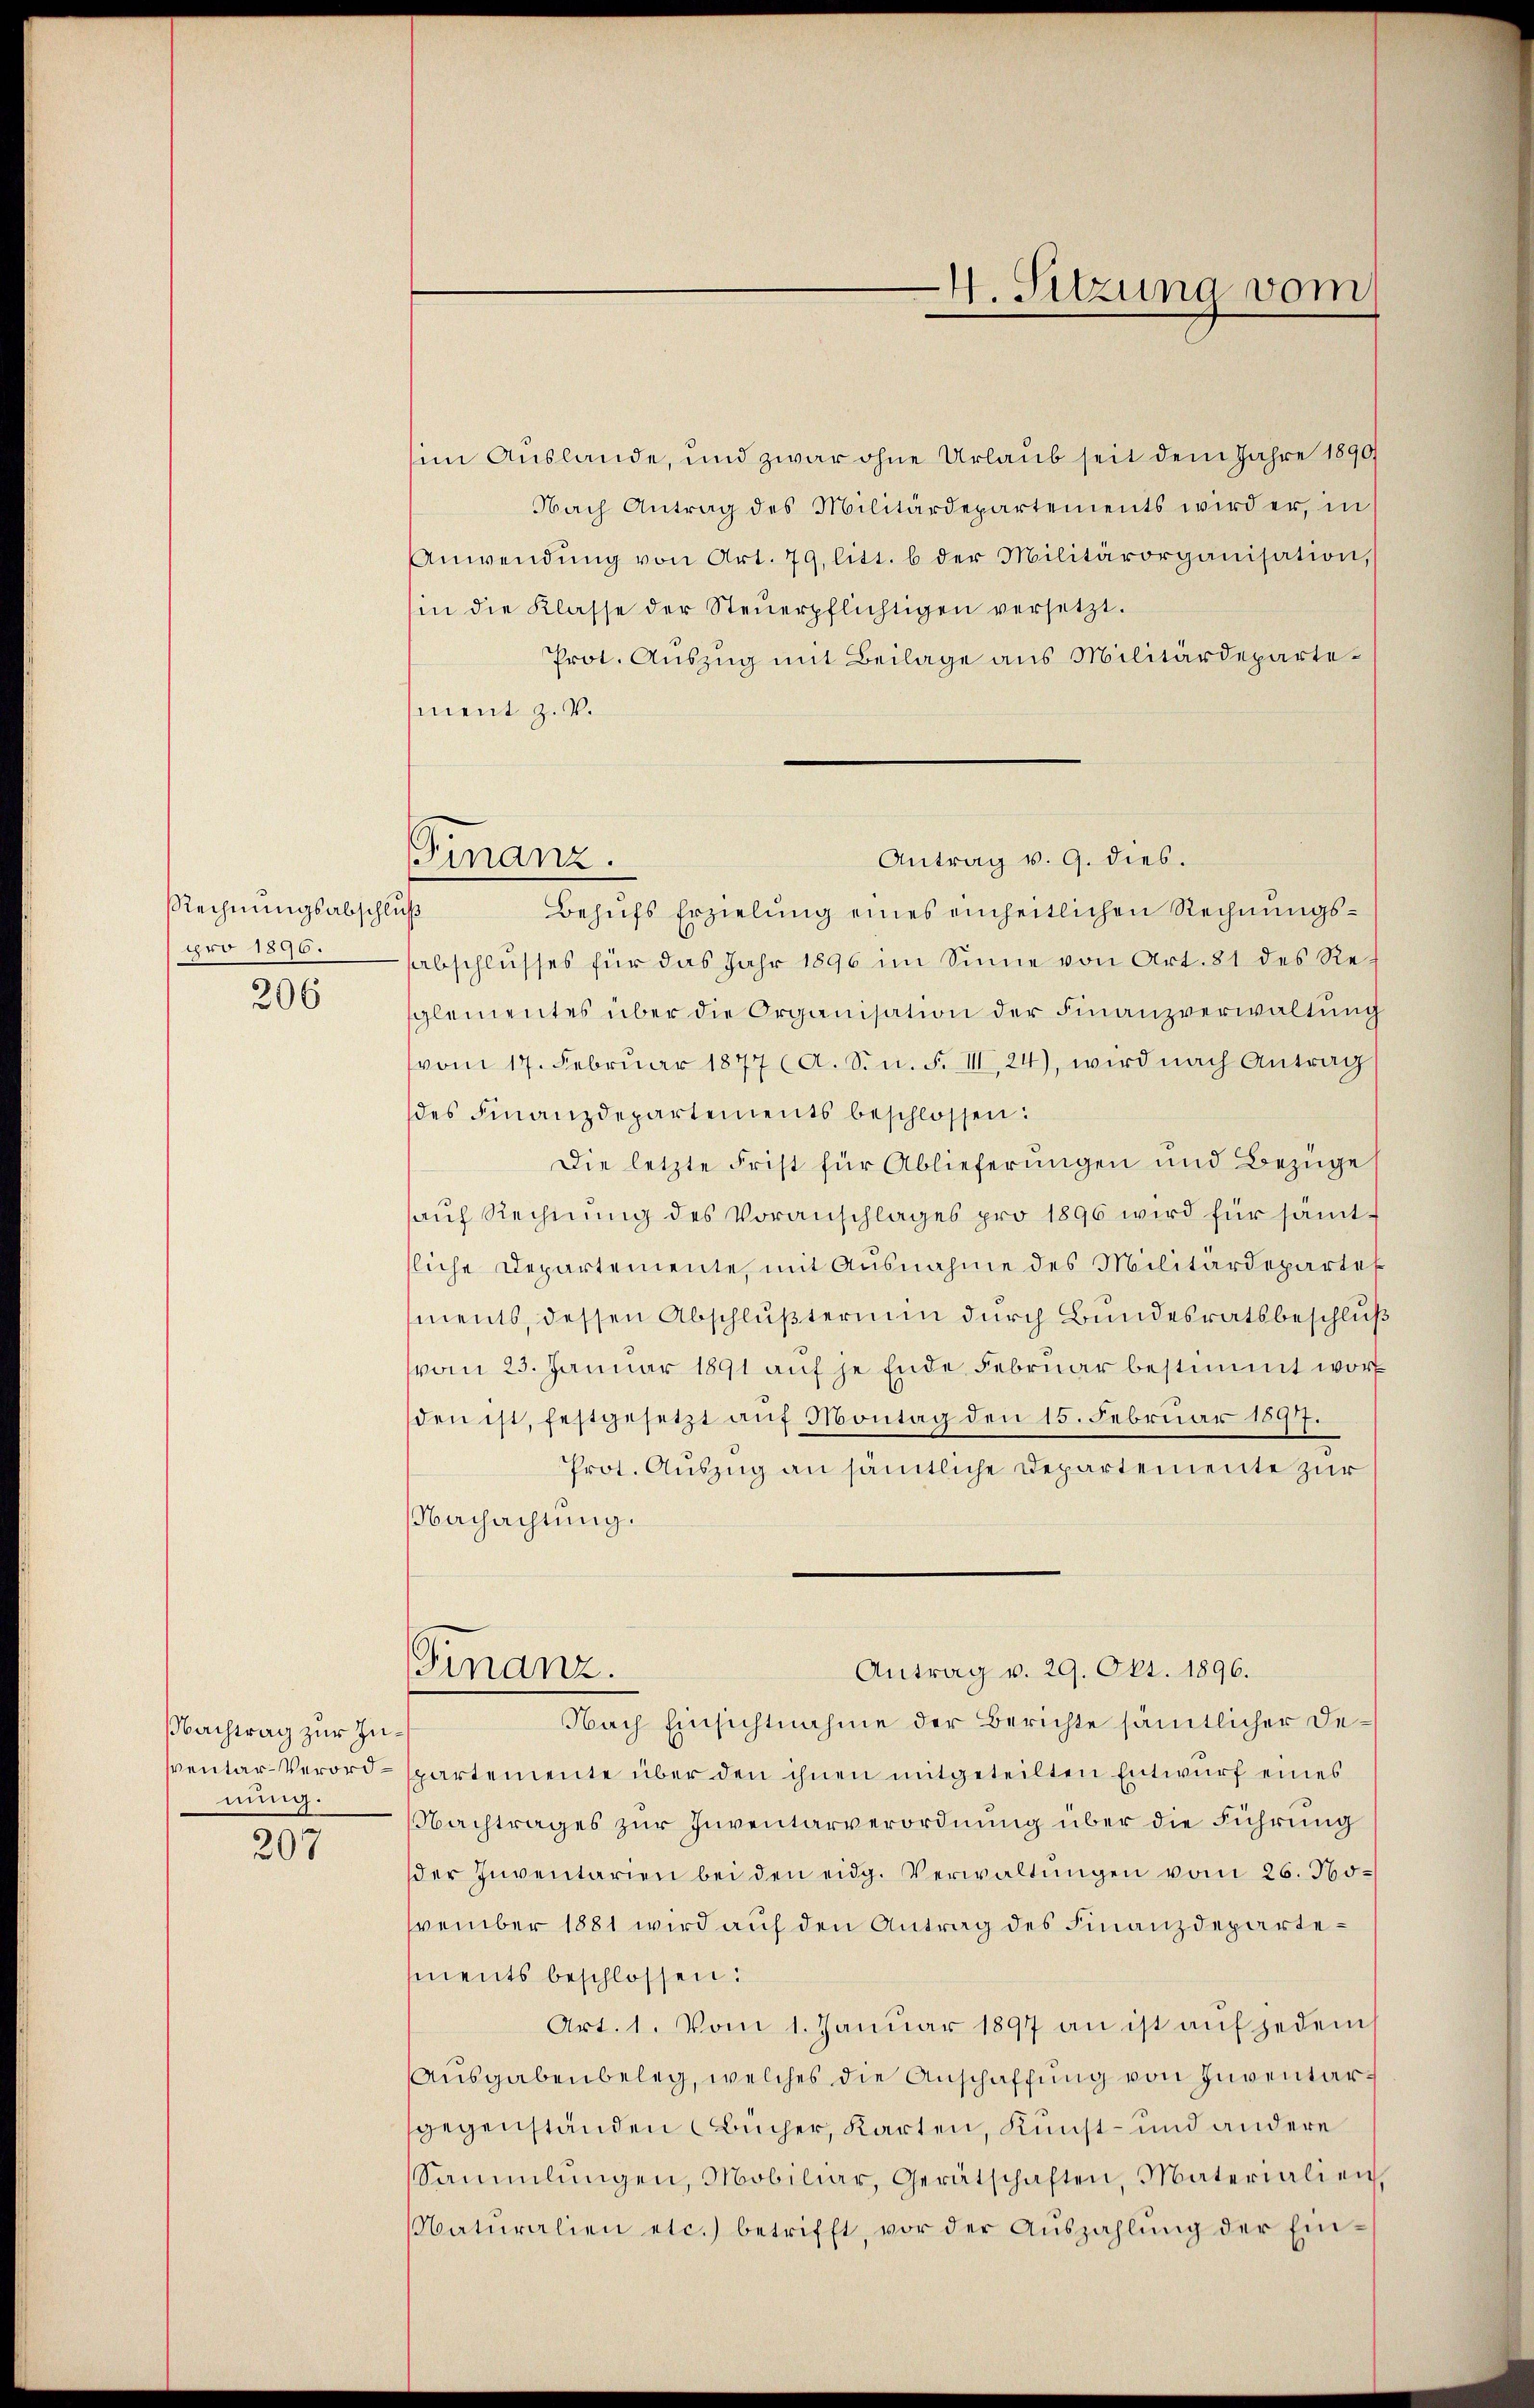
Rechnungsabschluß
pro 1890.
206

Nachtrag zur Zunung.

207

Finanz.

im Auslande, und zwar ohne Urlaub seit dem Jahre 1890
Nach Antrag des Militärdepartements wird er, in
Anwendŭng von Art. 79, litt. b der Militärorganisation,
in die Klasse der Steŭerpflichtigen versetzt.
Prot. Auszug mit Beilage aus Militärdepartement z. V.
Behufs Erzielung eines einheitlichen Rechnungssabschlusses für das Jahr 1896 im Sinne von Art. 81 des Reglementes über die Organisation der Finanzverwaltŭng
vom 17. Febrŭar 1877 (A. S. n. F. III, 24), wird nach Antrag
des Finanzdepartements beschlossen:
Die letzte Frist für Ablieferungen und Bezüge
sauf Rechnung des Voranschlages pro 1896 wird für sämtliche Departemente, mit Ausnahme des Militärdepartes
ments, dessen Abschlußtermin durch Bundesratsbeschluß
vom 23. Januar 1891 auf je Ende Februar bestimmt wor
den ist, festgesetzt auf Montag den 15. Februar 1891
Prot. Auszug an sämtliche Departemente zur
Nachachtung.
Finanz.
Antrag v. 29. Okt. 1896.
Nach Einsichtnahme der Berichte sämtlicher Desventar-Verord-spartemente über den ihnen mitgeteilten Entwurf eines
NNachtrages zur Inventarverordnung über die Führung
der Inventarien bei den eidg. Verwaltŭngen vom 26. November 1881 wird auf den Antrag des Finanzdepartements beschlossen:
Art. 1. Vom 1. Januar 1897 an ist auf jedems
Ausgabenbeleg, welches die Anschaffung von Inventarsgegenständen Bücher, Karten, Kunst- und andere
Sammlungen, Mobiliar, Gerätschaften, Materialien,
Natŭralien etc.) betrifft, vor der Aŭszahlŭng der Ein-

Antrag v. 9. dies.

4. Sitzung vom